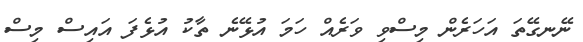
ނޭނގޭތަ އަހަރެން މިސްވި ވަރެއް ހަމަ އުޅޭނެ ތާކު އުޅެފަ އައިސް މިސް